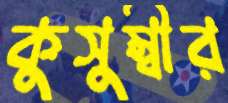
কুসুম্বীর